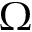
\Omega